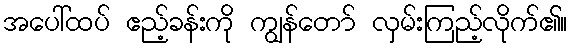
အပေါ်ထပ် ဧည့်ခန်းကို ကျွန်တော် လှမ်းကြည့်လိုက်၏။